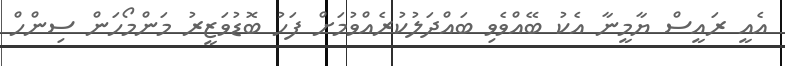
އެއީ ރައީސް ޔާމީނާ އެކު ބޭއްވެވި ބައްދަލުކުރެއްވުމަށް ފަހު ބޮޑުވަޒީރު މަންމޯހަން ސިންހް